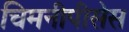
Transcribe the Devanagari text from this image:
चिमनीपीसेस